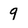
Character: 9